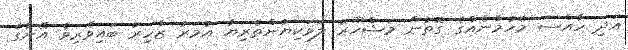
އަދި ހާއްސަ މެހުމާނެއްގެ ގޮތުން މަޝްހޫރު ލަވަކިޔުންތެރިޔާ އުމަރު ޒާހިރު ބައިވެރިވެ އޭނާގެ